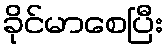
ခိုင်မာစေပြီး